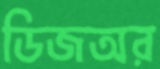
ডিজঅর